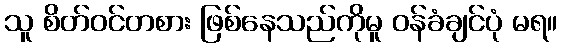
သူ စိတ်ဝင်တစား ဖြစ်နေသည်ကိုမူ ဝန်ခံချင်ပုံ မရ။